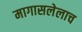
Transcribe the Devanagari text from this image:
मागासलेलाच